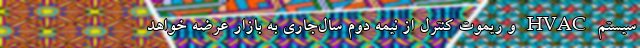
سیستم HVAC و ریموت کنترل از نیمه دوم سال‌جاری به بازار عرضه خواهد